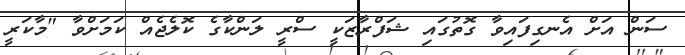
ސަން އަށް އެނގިފައިވާ ގޮތުގައި ޝަފްރާޒަކީ ސްރީ ލަންކާގެ ކޮލެޖެއް ކަމަށްވާ "މާކަރީ